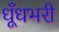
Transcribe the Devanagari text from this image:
धूँधभरी